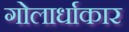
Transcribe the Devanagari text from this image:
गोलार्धाकार